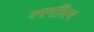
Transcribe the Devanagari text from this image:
स्मगलिंग